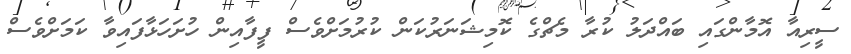
ސީރިއާ އޮމާންގައި ބައްދަލު ކުރާ މެޗްގެ ކޮމިޝަނަރުކަން ކުރުމަށްވެސް ފީފާއިން ހުށަހަޅާފައިވާ ކަމަށްވެސް